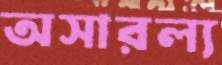
অসারল্য